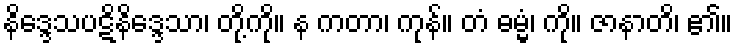
နိဒ္ဒေသပဋိနိဒ္ဒေသာ၊ တို့ကို။ န ကတာ၊ ကုန်။ တံ ဓမ္မံ၊ ကို။ ဇာနာတိ၊ ၏။